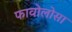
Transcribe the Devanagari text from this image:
फावोलोसा